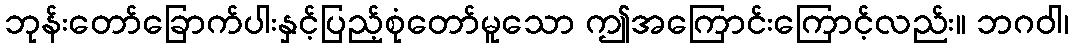
ဘုန်းတော်ခြောက်ပါးနှင့်ပြည့်စုံတော်မူသော ဤအကြောင်းကြောင့်လည်း။ ဘဂဝါ၊